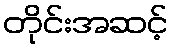
တိုင်းအဆင့်